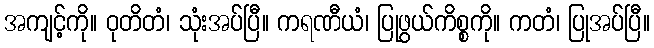
အကျင့်ကို။ ဝုတိတံ၊ သုံးအပ်ပြီ။ ကရဏီယံ၊ ပြုဖွယ်ကိစ္စကို။ ကတံ၊ ပြုအပ်ပြီ။